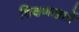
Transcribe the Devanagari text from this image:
शिक्षणखातें